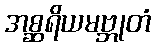
အစ္ဆရိယမဗ္ဘုတံ